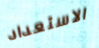
الاستعداد